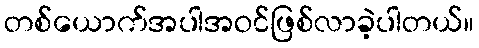
တစ်ယောက်အပါအဝင်ဖြစ်လာခဲ့ပါတယ်။